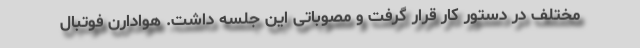
مختلف در دستور کار قرار گرفت و مصوباتی این جلسه داشت. هوادارن فوتبال